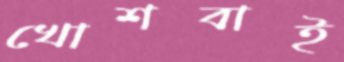
খোশবাই